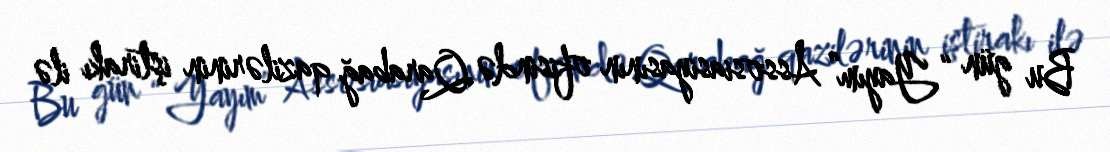
Bu gün “Yayım” Assosiasiyasının ofisində Qarabağ qazilərinin iştirakı ilə